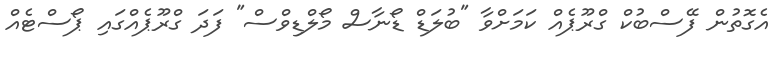
އެގޮތުން ފޭސްބުކް ގްރޫޕެއް ކަމަށްވާ "ބުލަޑް ޑޯނާސް މޯލްޑިވްސް" ފަދަ ގްރޫޕެއްގައި ޕޯސްޓެއް